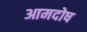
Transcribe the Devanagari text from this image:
आमदोष